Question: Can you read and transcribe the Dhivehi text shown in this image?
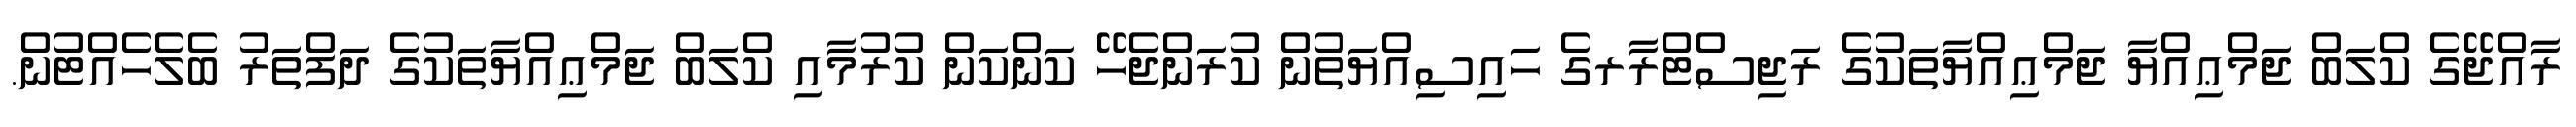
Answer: ރާއްޖޭގެ ކްލަބް ޖަމްޢިއްޔާ ޖަމްޢިއްޔާތަކުގެ ރަޖިސްޓްރާރގެ ހައިސިއްޔަތުން ކުރަންޖެހޭ ކަންކަން ކުރުމާއި ކްލަބް ޖަމްޢިއްޔާތަކުގެ ދަފްތަރު ބެލެހެއްޓުން.